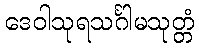
ဒေဝါသုရသင်္ဂါမသုတ္တံ